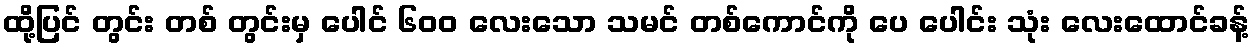
ထို့ပြင် တွင်း တစ် တွင်းမှ ပေါင် ၆၀၀ လေးသော သမင် တစ်ကောင်ကို ပေ ပေါင်း သုံး လေးထောင်ခန့်